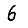
Digit: 6